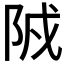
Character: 𨹒